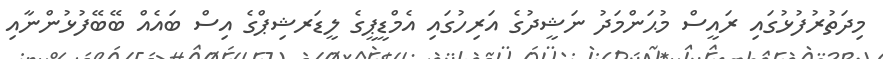
މިދަތުރުފުޅުގައި ރައީސް މުޙަންމަދު ނަޝީދުގެ އަރިހުގައި އެމްޑީޕީގެ ލީޑަރޝިޕްގެ އިސް ބައެއް ބޭބޭފުޅުންނާއި